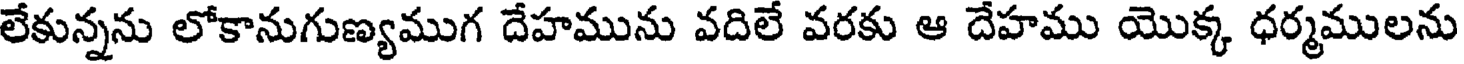
లేకున్నను లోకానుగుణ్యముగ దేహమును వదిలే వరకు ఆ దేహము యొక్క ధర్మములను